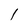
Character: l